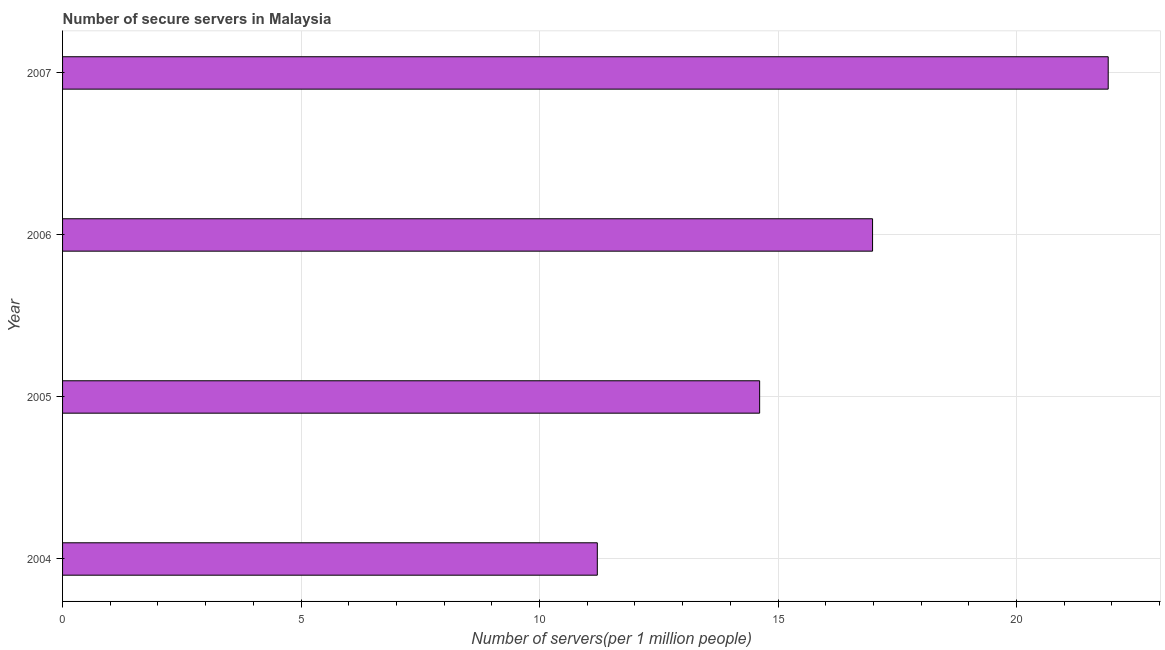
| Year | Secure Internet servers |
 | --- | --- |
 | 2004 | 11.2 |
 | 2005 | 14.6 |
 | 2006 | 17 |
 | 2007 | 21.9 |